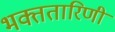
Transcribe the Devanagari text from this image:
भक्ततारिणी